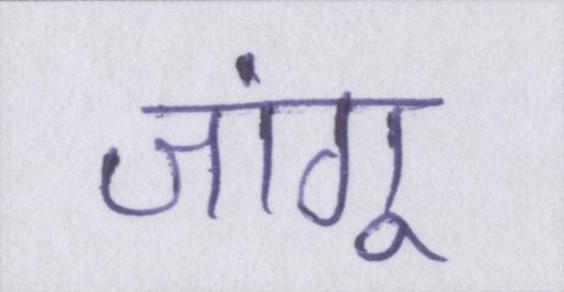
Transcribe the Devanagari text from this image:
जांगू